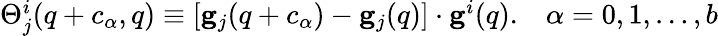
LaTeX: \begin{array}{r}{\Theta_{j}^{i}({q}+{c}_{\alpha},{q})\equiv[{\mathbf g}_{j}({q}+{c}_{\alpha})-{\mathbf g}_{j}({q})]\cdot{\mathbf g}^{i}({q}).\; \; \; \alpha=0,1,\ldots,b}\end{array}